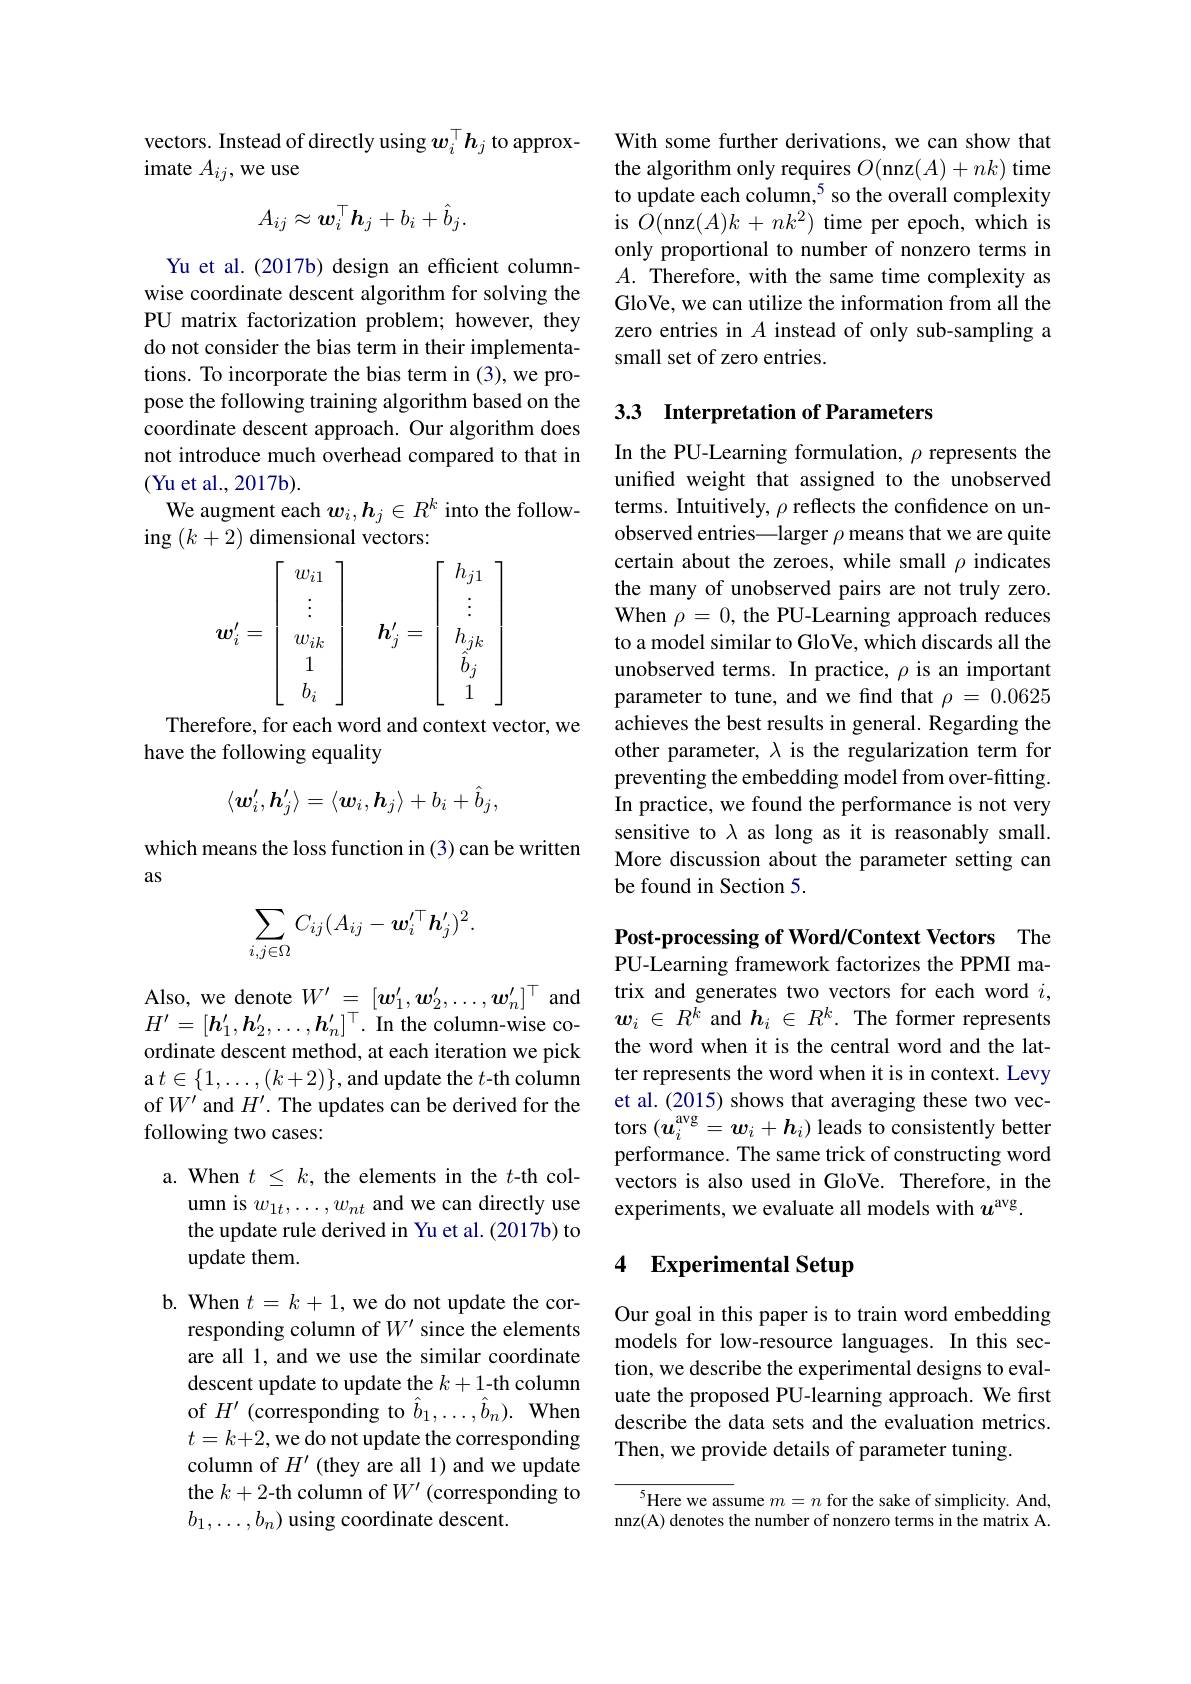
vectors. Instead of directly using $\boldsymbol w_i^\top\boldsymbol{h}_j$ to approx-
imate $A_{ij}$,we use
$$A_{ij}\approx w_i^\top h_j+b_i+\hat{b}_j.$$
Yu et al. (2017b) design an efficient columnwise coordinate descent algorithm for solving the PU matrix factorization problem; however, they do not consider the bias term in their implementations. To incorporate the bias term in (3),we propose the following training algorithm based on the coordinate descent approach. Our algorithm does not introduce much overhead compared to that in (Yu et al., 2017b).
We augment each $w_i,\boldsymbol{h}_j\in R^k$ into the follow-
ing $(k+2)$ dimensional vectors:
$$\left.\boldsymbol{w}_i'=\left[\begin{array}{c}w_{i1}\\\vdots\\w_{ik}\\1\\b_i\end{array}\right.\right]\quad\boldsymbol{h}_j'=\left[\begin{array}{c}h_{j1}\\\vdots\\h_{jk}\\\hat{b}_j\\1\end{array}\right]$$
Therefore, for each word and context vector, we
have the following equality
$$\langle\boldsymbol{w}_i',\boldsymbol{h}_j'\rangle=\langle\boldsymbol{w}_i,\boldsymbol{h}_j\rangle+b_i+\hat{b}_j,$$
which means the loss function in (3) can be written
as
$$\sum_{i,j\in\Omega}C_{ij}(A_{ij}-\boldsymbol{w}_{i}^{\prime\top}\boldsymbol{h}_{j}^{\prime})^{2}.$$
Also, we denote $W^\prime=[\boldsymbol w_1^{\prime},\boldsymbol w_2^{\prime},\ldots,\boldsymbol w_n^{\prime}]^\top$ and $H^{\prime}=[\boldsymbol{h}_1^{\prime},\boldsymbol{h}_2^{\prime},\ldots,\boldsymbol{h}_n^{\prime}]^\top.$ In the column-wise coordinate descent method, at each iteration we pick a $t\in\{1,\ldots,(k+2)\}$, and update the $t$-th column of $W^{\prime}$ and $H^\prime.$ The updates can be derived for the following two cases:

a. When $t\leq k$, the elements in the $t$-th col-
umn is $w_1t,\ldots,w_{nt}$ and we can directly use the update rule derived in Yu et al.(2017b) to update them.

b. When $t=k+1$, we do not update the cor-
responding column of $W^{\prime}$ since the elements are all 1, and we use the similar coordinate descent update to update the $k+1$-th column of $H^\prime$ (corresponding to $\hat{b}_1,\ldots,\hat{b}_n).$ When $t=k+2$,we do not update the corresponding column of $H^{\prime}$ (they are all 1) and we update the $k+2$-th column of $W^\prime$ (corresponding to $b_1,\ldots,b_n)$ using coordinate descent.

With some further derivations, we can show that the algorithm only requires $O($nnz$(A)+nk)$ time to update each column,$^{5}$ so the overall complexity is $\bar{O}($nnz$(A)k+nk^2)$ time per epoch, which is only proportional to number of nonzero terms in $A.$ Therefore, with the same time complexity as GloVe, we can utilize the information from all the zero entries in $A$ instead of only sub-sampling a small set of zero entries.

### 3.3 Interpretation of Parameters

In the PU-Learning formulation, $\rho$ represents the unified weight that assigned to the unobserved terms. Intuitively, $\rho$ reflects the confidence on unobserved entries—larger $\rho$ means that we are quite certain about the zeroes, while small $\rho$ indicates the many of unobserved pairs are not truly zero. When $\rho=0$, the PU-Learning approach reduces to a model similar to GloVe, which discards all the unobserved terms. In practice, $\rho$ is an important parameter to tune, and we find that $\rho=0.0625$ achieves the best results in general. Regarding the other parameter, $\lambda$ is the regularization term for preventing the embedding model from over-fitting. In practice, we found the performance is not very sensitive to \lambda as long as it is reasonably small. More discussion about the parameter setting can be found in Section 5.

Post-processing of Word/Context Vectors The PU-Learning framework factorizes the PPMI matrix and generates two vectors for each word $i$, $w_i\in R^k$ and $h_i\in R^k.$ The former represents the word when it is the central word and the latter represents the word when it is in context. Levy et al. (2015) shows that averaging these two vectors $(\boldsymbol u_i^\mathrm{avg}=\boldsymbol w_i+\boldsymbol h_i)$ leads to consistently better performance. The same trick of constructing word vectors is also used in GloVe. Therefore, in the experiments, we evaluate all models with $u^\mathrm{avg}.$

## 4 Experimental Setup

Our goal in this paper is to train word embedding models for low-resource languages. In this section, we describe the experimental designs to evaluate the proposed PU-learning approach. We first describe the data sets and the evaluation metrics. Then, we provide details of parameter tuning.

$^{5}$Here we assume $m=n$ for the sake of simplicity. And, nnz(A) denotes the number of nonzero terms in the matrix A.